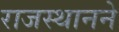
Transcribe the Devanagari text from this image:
राजस्थानने